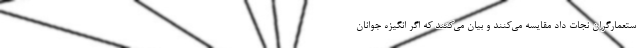
ستعمارگران نجات داد مقایسه می‌کنند و بیان می‌کنند که اگر انگیزه جوانان